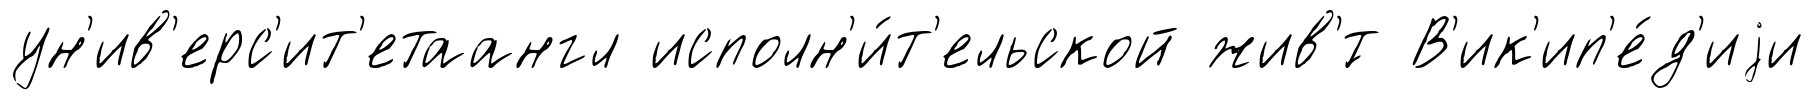
ун'ив'ерс'ит'етаангл исполн'и́т'ельской жив'́т В'ик'ип'е́д'иjи